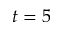
t = 5